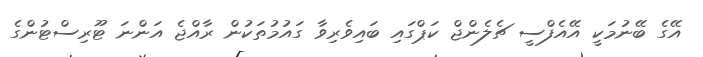
އޭގެ ބޭނުމަކީ އޭއެފްސީ ޗެލެންޖް ކަޕްގައި ބައިވެރިވާ ގައުމުތަކުން ރާއްޖެ އަންނަ ޓޫރިސްޓުންގެ